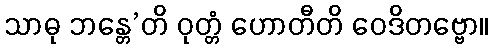
သာဓု ဘန္တေ’တိ ဝုတ္တံ ဟောတီတိ ဝေဒိတဗ္ဗော။